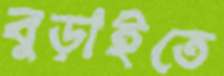
বুড়াইতে